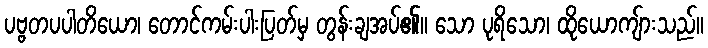
ပဗ္ဗတပပါတိယော၊ တောင်ကမ်းပါးပြတ်မှ တွန်းချအပ်၏။ သော ပုရိသော၊ ထိုယောကျ်ားသည်။